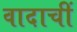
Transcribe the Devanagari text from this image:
वादाचीं